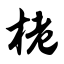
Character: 栳